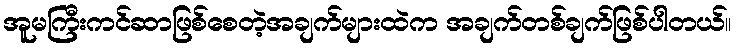
အူမကြီးကင်ဆာဖြစ်စေတဲ့အချက်များထဲက အချက်တစ်ချက်ဖြစ်ပါတယ်။